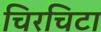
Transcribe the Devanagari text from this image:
चिरचिटा